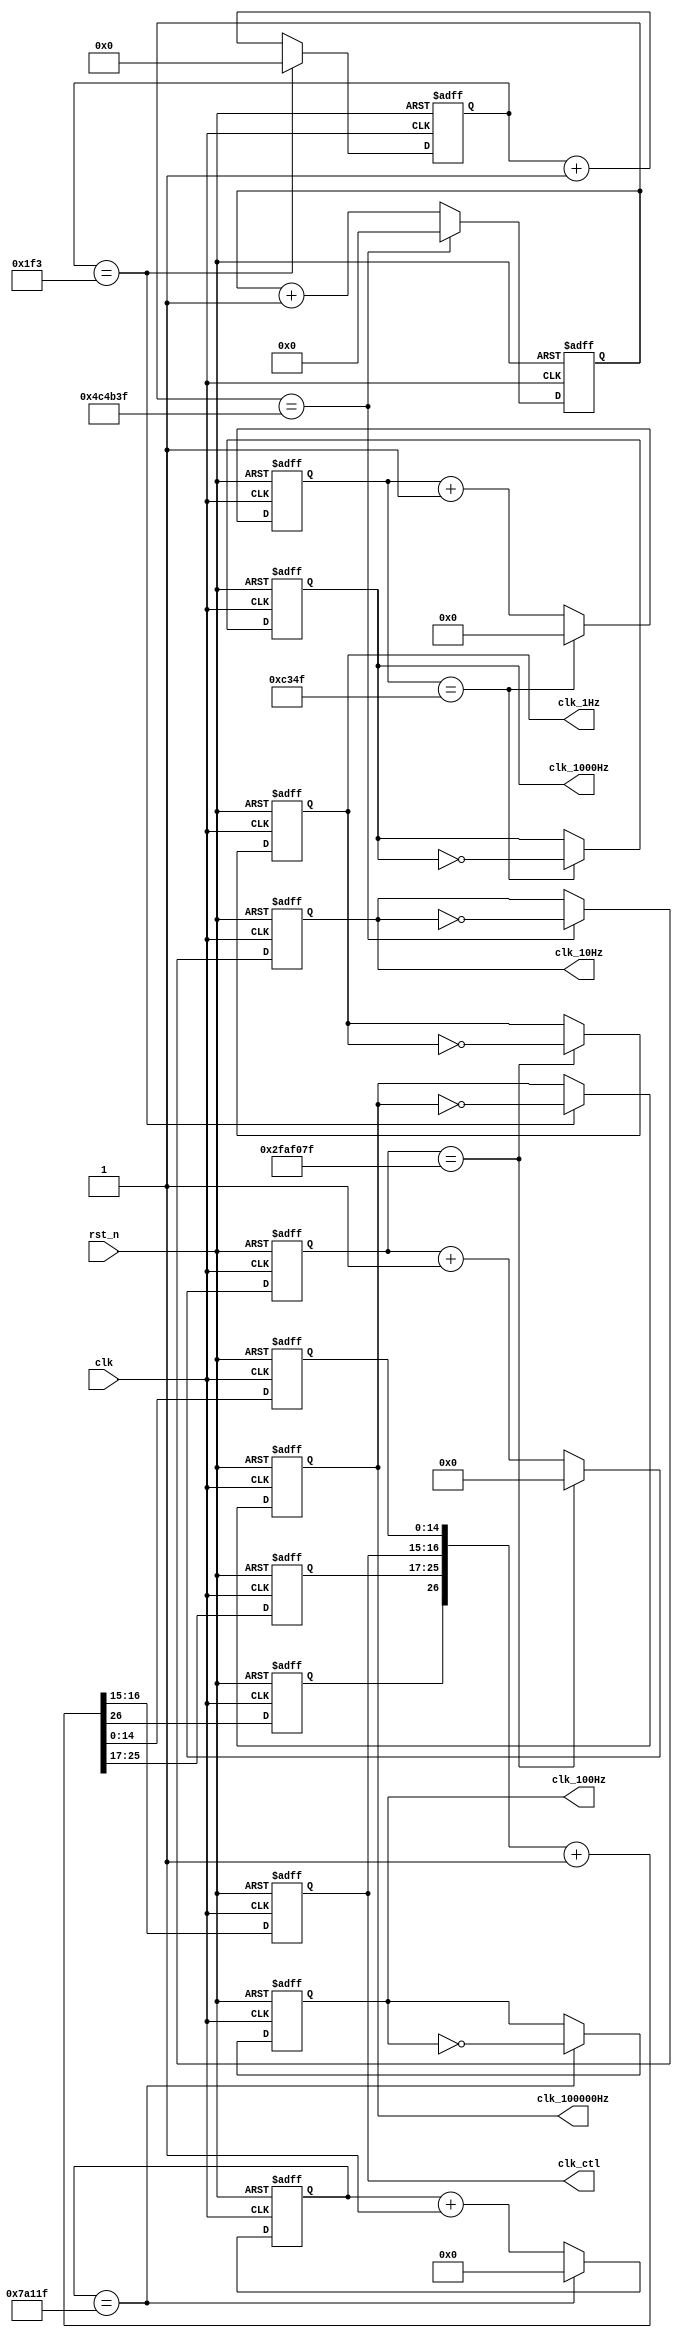
`timescale 1ns / 1ps
module Frequency_Divider(
  output reg clk_100000Hz,
  output reg clk_1000Hz,
  output reg clk_100Hz,
  output reg clk_10Hz,
  output reg clk_1Hz, 
  output reg [1:0] clk_ctl, 
  input clk, 
  input rst_n 
);

reg clk_out;
reg [14:0] cnt_l; 
reg [8:0] cnt_h; 
reg [26:0] cnt_tmp; 
reg [26:0] count_50M, count_50M_next;
reg [24:0]count_5M,count_5M_next;
reg [19:0] count_500K, count_500K_next;
reg [15:0] count_50K, count_50K_next;
reg [9:0] count_500,count_500_next;
reg clk_1Hz_next;
reg clk_10Hz_next;
reg clk_100Hz_next;
reg clk_1000Hz_next;
reg clk_100000Hz_next;

//Clock divider for clk_ctl
 always@*
 cnt_tmp = {clk_out,cnt_h,clk_ctl,cnt_l} + 1'b1;
 
 always @(posedge clk or negedge rst_n)
 if(~rst_n) {clk_out,cnt_h,clk_ctl,cnt_l} <= 27'b0;
 else {clk_out,cnt_h,clk_ctl,cnt_l} <=cnt_tmp;
    
  
// Clock divider for 1 Hz
always @*
  if (count_50M == 27'd49_999_999)
  begin
    count_50M_next = 27'b0;
    clk_1Hz_next = ~clk_1Hz;
  end
  else
  begin
    count_50M_next = count_50M + 1'b1;
    clk_1Hz_next = clk_1Hz;
  end

// Counter flip-flops
always @(posedge clk or negedge rst_n)
  if (~rst_n)
  begin
    count_50M <=27'b0;
    clk_1Hz <=1'b0;
  end
  else
  begin
    count_50M <= count_50M_next;
    clk_1Hz <= clk_1Hz_next;
  end
  
//Clock divider for 10Hz
always @*
  if (count_5M == 27'd4_999_999)
  begin
    count_5M_next = 27'b0;
    clk_10Hz_next = ~clk_10Hz;
  end
  else
  begin
    count_5M_next = count_5M + 1'b1;
    clk_10Hz_next = clk_10Hz;
  end

// Counter flip-flops
always @(posedge clk or negedge rst_n)
  if (~rst_n)
  begin
    count_5M <=27'b0;
    clk_10Hz <=1'b0;
  end
  else
  begin
    count_5M <= count_5M_next;
    clk_10Hz <= clk_10Hz_next;
  end

// Clock divider for 100 Hz
always @*
  if (count_500K == 20'd499_999)
  begin
    count_500K_next = 20'd0;
    clk_100Hz_next = ~clk_100Hz;
  end
  else
  begin
    count_500K_next = count_500K + 1'b1;
    clk_100Hz_next = clk_100Hz;
  end

// Counter flip-flops
always @(posedge clk or negedge rst_n)
  if (~rst_n)
  begin
    count_500K <= 20'b0;
    clk_100Hz <=1'b0;
  end
  else
  begin
    count_500K <= count_500K_next;
    clk_100Hz <= clk_100Hz_next;
  end

// Clock divider for 1000 Hz
always @*
  if (count_50K == 16'd49_999)
  begin
    count_50K_next = 16'd0;
    clk_1000Hz_next = ~clk_1000Hz;
  end
  else
  begin
    count_50K_next = count_50K+ 1'b1;
    clk_1000Hz_next = clk_1000Hz;
  end

// Counter flip-flops
always @(posedge clk or negedge rst_n)
  if (~rst_n)
  begin
    count_50K <= 16'b0;
    clk_1000Hz <= 1'b0;
  end
  else
  begin
    count_50K <= count_50K_next;
    clk_1000Hz <= clk_1000Hz_next;
  end
  
// Clock divider for 100000 Hz
  always @*
    if (count_500 == 10'd499)
    begin
      count_500_next = 10'd0;
      clk_100000Hz_next = ~clk_100000Hz;
    end
    else
    begin
      count_500_next = count_500+ 1'b1;
      clk_100000Hz_next = clk_100000Hz;
    end
  
  // Counter flip-flops
  always @(posedge clk or negedge rst_n)
    if (~rst_n)
    begin
      count_500 <= 10'b0;
      clk_100000Hz <= 1'b0;
    end
    else
    begin
      count_500 <= count_500_next;
      clk_100000Hz <= clk_100000Hz_next;
    end

endmodule